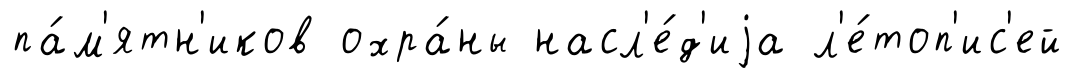
па́м'ятн'иков охра́ны насл'е́д'иjа л'е́топ'ис'ей